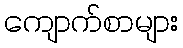
ကျောက်စာများ